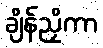
ချိန်ညှိကာ